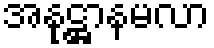
အနုဋ္ဌာနမလာ